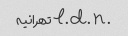
. l. d. n تهرانیه